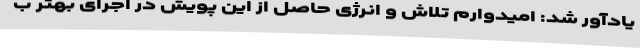
یادآور شد: امیدوارم تلاش و انرژی حاصل از این پویش در اجرای بهتر ب